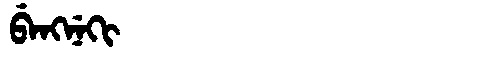
Manchu: ᠪᡝᠩᠨᡝᡴᡳ
Romanization: BENGNEKI